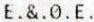
E.&.0.E.